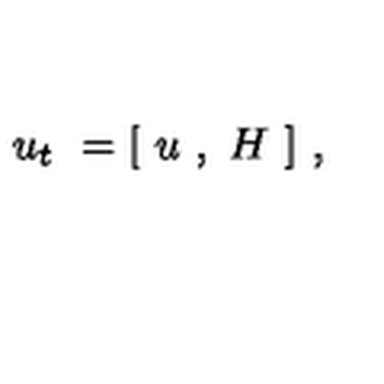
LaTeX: u _ { t } \ = [ \ u \ , \ H \ ] \ ,